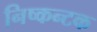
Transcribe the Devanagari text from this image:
निष्कन्टक